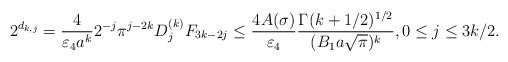
LaTeX: \begin{align*}2^{d_{k,j}}=\frac{4}{\varepsilon_4 a^k} 2^{-j}\pi^{j-2k}D^{(k)}_jF_{3k-2j}\le\frac{4 A(\sigma)}{\varepsilon_4}\frac{\Gamma(k+1/2)^{1/2}}{(B_1 a \sqrt{\pi})^k},0\le j\le 3k/2.\end{align*}